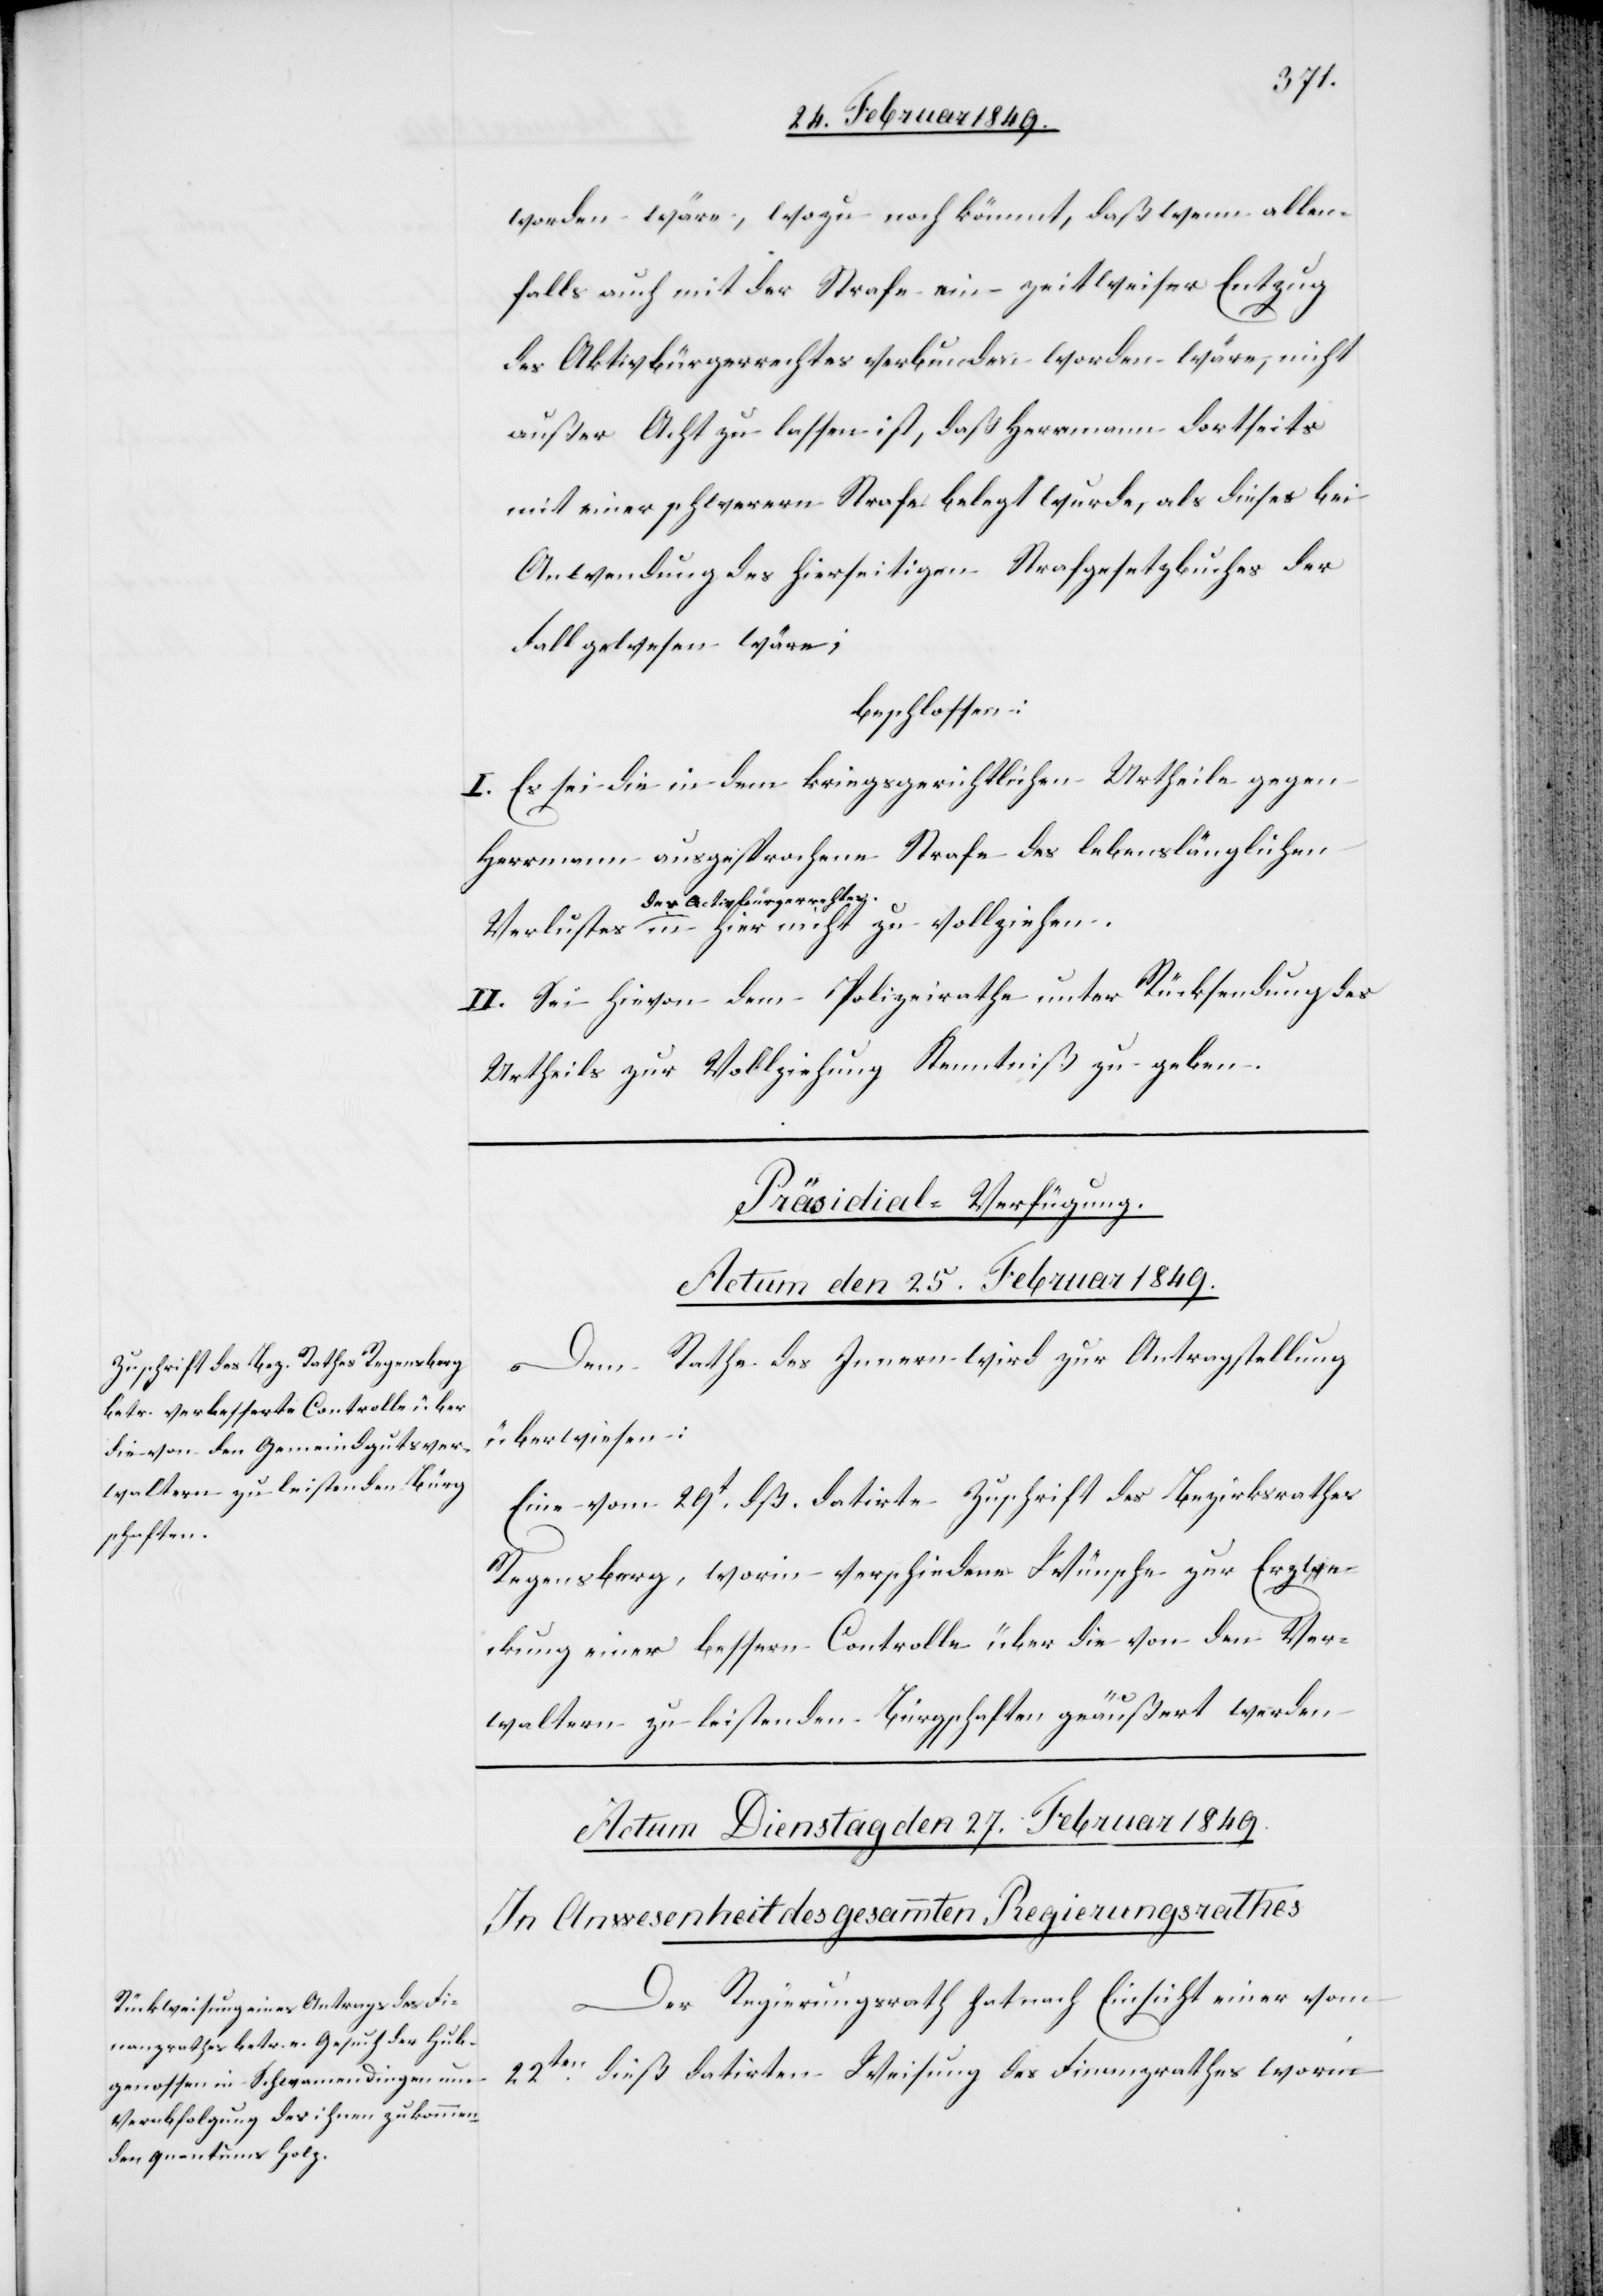
worden wäre, wozu noch kömmt, daß wenn allen¬
falls auch mit der Strafe ein zeitweiser Entzug
des Aktivbürgerrechtes verbunden worden wäre, nicht
außer Acht zu lassen ist, daß Herrmann dortseits
mit einer schwerern Strafe belegt wurde, als dieses bei
Anwendung des hierseitigen Strafgesetzbuches der
Fall gewesen wäre;
beschlossen:
I. Es sei die in dem kriegsgerichtlichen Urtheile gegen
Herrmann ausgesprochene Strafe des lebenslänglichen
des Activbürgerrechtes
II. Sei hievon dem Polizeirathe unter Rücksendung des
Urtheils zur Vollziehung Kenntniß zu geben.
Präsidial-Verfügung.
Actum den 25. Februar 1849.
Dem Rathe des Innern wird zur Antragstellung
überwiesen:
Eine vom 29t. dß. datirte Zuschrift des Bezirksrathes
Regensberg, worin verschiedene Wünsche zur Erzwe¬
ckung einer bessern Controlle über die von den Ver¬
waltern zu leistenden Bürgschaften geäußert werden[.]
Der Regierungsrath hat nach Einsicht einer vom
22ten. dieß datirten Weisung des Finanzrathes worin